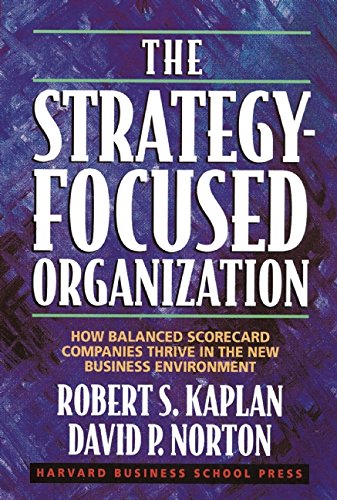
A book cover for The Strategy-Focused Organization: How Balanced Scorecard Companies Thrive in the New Business Environment; Robert S. Kaplan; Business & Money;